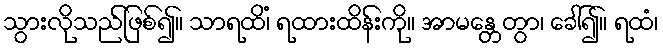
သွားလိုသည်ဖြစ်၍။ သာရထိံ၊ ရထားထိန်းကို။ အာမန္တေတွာ၊ ခေါ်၍။ ရထံ၊